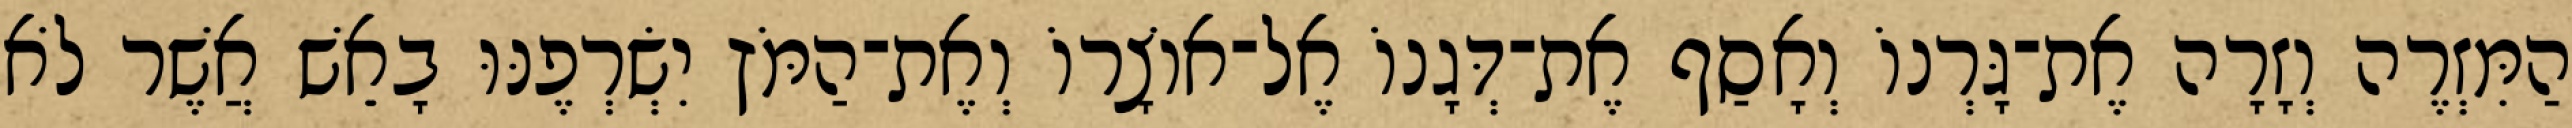
הַמִּזְרֶה וְזָרָה אֶת־גָּרְנוֹ וְאָסַף אֶת־דְּגָנוֹ אֶל־אוֹצָרוֹ וְאֶת־הַמֹּץ יִשְׂרְפֶנּוּ בָאֵשׁ אֲשֶׁר לֹא